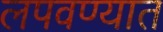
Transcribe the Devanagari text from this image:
लपवण्यात